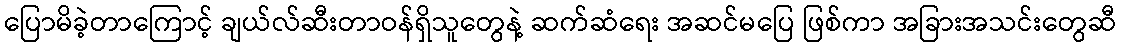
ပြောမိခဲ့တာကြောင့် ချယ်လ်ဆီးတာဝန်ရှိသူတွေနဲ့ ဆက်ဆံရေး အဆင်မပြေ ဖြစ်ကာ အခြားအသင်းတွေဆီ